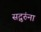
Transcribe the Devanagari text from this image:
सद्गुरुंना